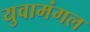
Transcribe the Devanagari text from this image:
युवामंगल